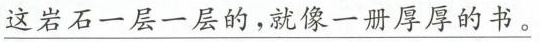
\underline{这岩石一层一层的，就像一册厚厚的书。}